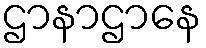
ဌာနာဌာနေ